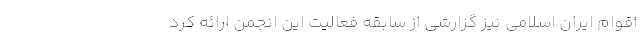
اقوام ایران اسلامی نیز گزارشی از سابقه فعالیت این انجمن ارائه کرد